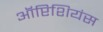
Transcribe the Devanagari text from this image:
ऑप्टिशियंस